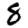
Digit: 8